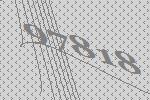
97818